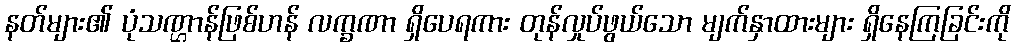
နတ်များ၏ ပုံသဏ္ဌာန်ဖြစ်ဟန် လက္ခဏာ ရှိပေရကား တုန်လှုပ်ဖွယ်သော မျက်နှာထားများ ရှိနေကြခြင်းကို